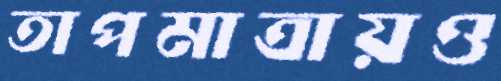
তাপমাত্রায়ও